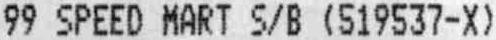
99 SPEED MART S/B (519537-X)